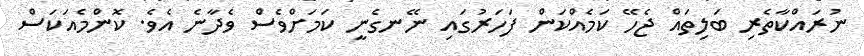
ނުރައްކާތެރި ބަލިތައް ޖެހޭ ކަމެއްކަން ފަހަރުގައި ނޭނގެނީ ކަމަށްވެސް ވެދާނެ އެވެ. ކޮންމެއަކަސް